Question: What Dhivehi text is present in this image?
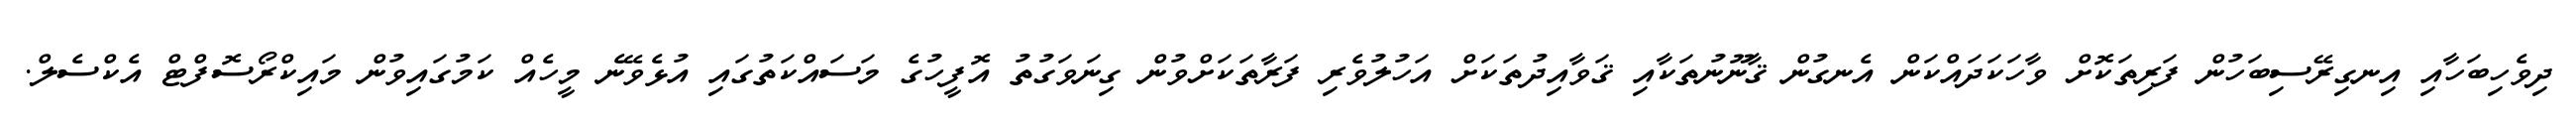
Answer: ދިވެހިބަހާއި އިނގިރޭސިބަހުން ފަރިތަކޮށް ވާހަކަދައްކަން އެނގުން ޤާނޫނުތަކާއި ޤަވާއިދުތަކަށް އަހުލުވެރި ފަރާތަކަށްވުން ގިނަވަގުތު އޮފީހުގެ މަސައްކަތުގައި އުޅެވޭނެ މީހެއް ކަމުގައިވުން މައިކްރޯސޮފްޓް އެކްސެލް.